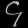
Digit: ၄